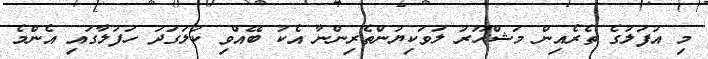
މި އުފަލުގެ ތެރެއިން މަޝްހޫރު ލަވަކިޔުންތެރިންނާ އެކު ބޭއްވި ކުލަގަދަ ހަފުލާގައި އެންމެ